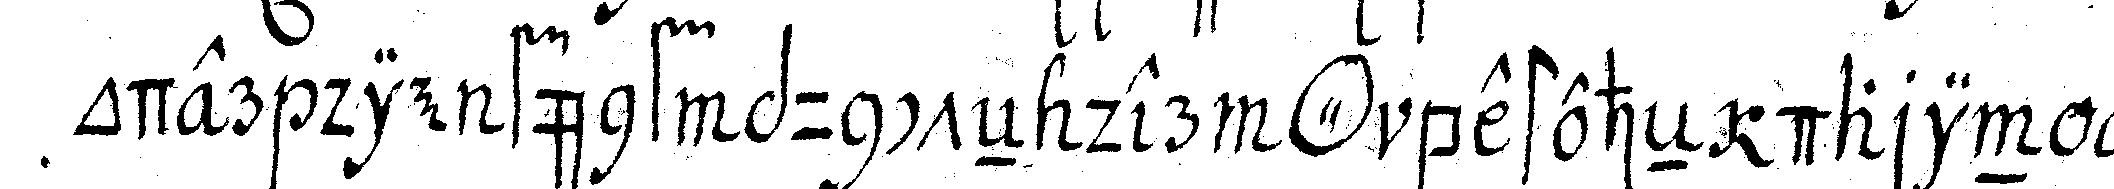
ode die fünf puncteN der *tri..* besteheN darin